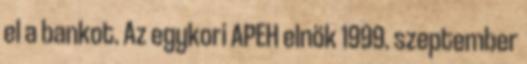
el a bankot. Az egykori APEH elnök 1999. szeptember